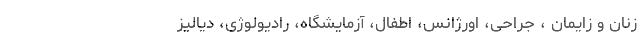
زنان و زایمان ، جراحی، اورژانس، اطفال، آزمایشگاه، رادیولوژی، دیالیز